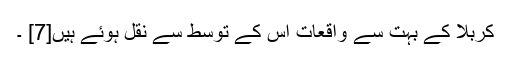
کربلا کے بہت سے واقعات اس کے توسط سے نقل ہوئے ہیں[7] ۔